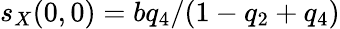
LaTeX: s_{X}(0,0)=bq_{4}/(1-q_{2}+q_{4})